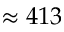
\approx 4 1 3